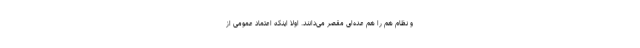
و نظام هم را هم عده‌ای مقصر می‌دانند. اولاً اینکه اعتماد عمومی از